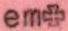
em+